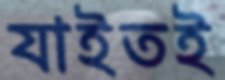
যাইতই